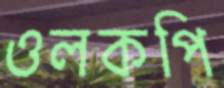
ওলকপি